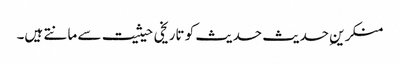
منکرینِ حدیث حدیث کو تاریخی حیثیت سے مانتے ہیں۔